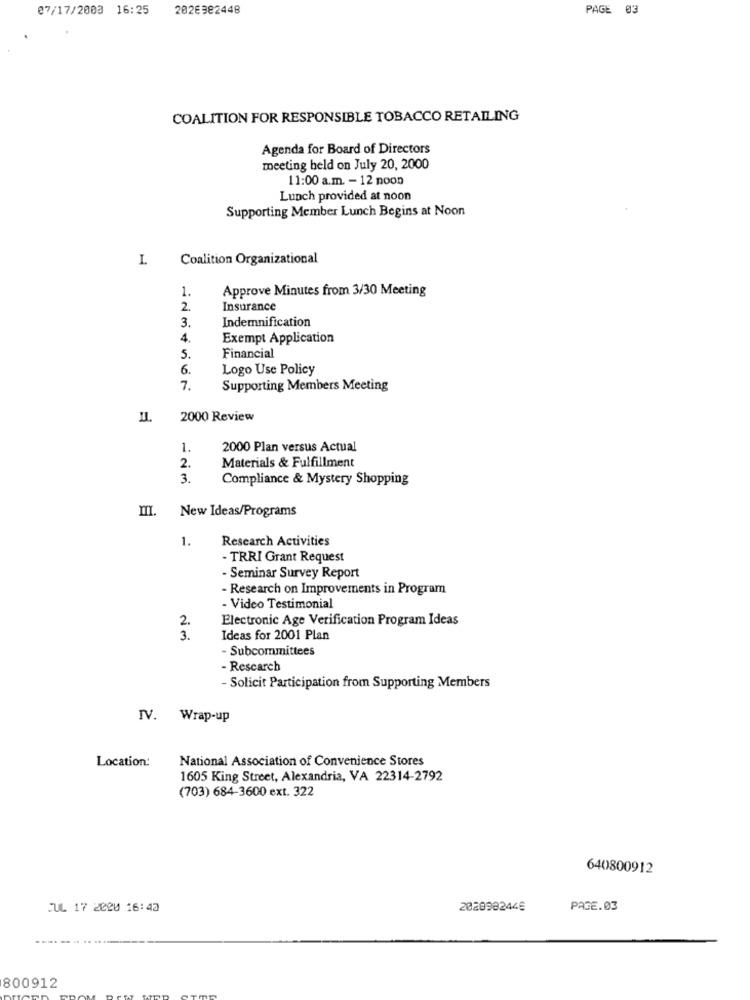
07/17/2003 16:25
2026982448
PAGE 03
COALITION FOR RESPONSIBLE TOBACCO RETAILING
Agenda for Board of Directors
meeting held on July 20, 2000
11:00 a.m. - 12 noon
Lunch provided at noon
Supporting Member Lunch Begins at Noon
I.
Coalition Organizational
Approve Minutes from 3/30 Meeting
1.
2.
Insurance
Indemnification
3.
4.
Exempt Application
5.
Financial
6.
Logo Use Policy
7.
Supporting Members Meeting
2000 Review
1.
2000 Plan versus Actual
Materials & Fulfillment
2.
3.
Compliance & Mystery Shopping
III. New Ideas/Programs
1.
Research Activities
- TRRI Grant Request
- Seminar Survey Report
- Research on Improvements in Program
- Video Testimonial
2.
Electronic Age Verification Program Ideas
3 .
Ideas for 2001 Plan
- Subcommittees
- Rescarch
- Solicit Participation from Supporting Members
IV. Wrap-up
Location:
National Association of Convenience Stores
1605 King Street, Alexandria, VA 22314-2792
(703) 684-3600 ext. 322
640800912
JUL 17 2020 16:43
2020982446
PAGE.03
800912